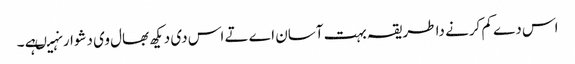
اس دے کم کرنے دا طریقہ بہت آسان اے تے اس د‏ی دیکھ بھال وی دشوار نہیںہے ۔